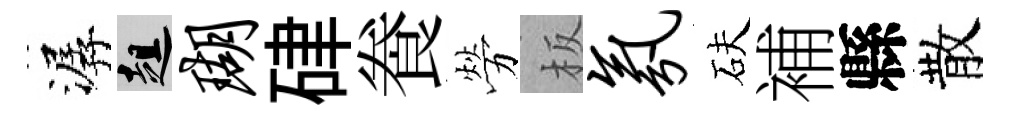
潺趄瑚硉飬勞板氛砆補縣散